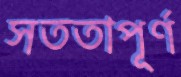
সততাপূর্ণ